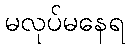
မလုပ်မနေရ